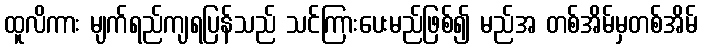
ထူလိကား မျက်ရည်ကျရပြန်သည် သင်ကြားပေးမည်ဖြစ်၍ မည်အ တစ်အိမ်မှတစ်အိမ်